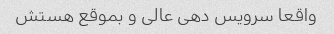
واقعا سرویس دهی عالی و بموقع هستش